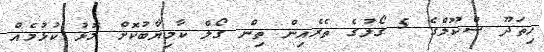
ހިތަދޫ ސްކޫލްގެ 5 ގޯލުގެ ތެރެއިން ތިން ގޯލް ކާމިޔާބުކޮށް މޮޅު ކުޅުމެއް